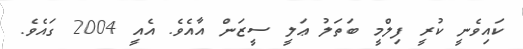
ކައިވެނީ ކުރީ ފިލްމީ ބަތަލު ޢަލީ ސީޒަން އާއެވެ. އެއީ 2004 ގައެވެ.